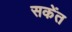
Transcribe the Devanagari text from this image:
सकेंत